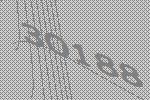
30188